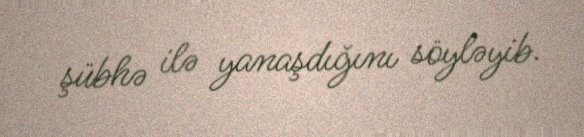
şübhə ilə yanaşdığını söyləyib.